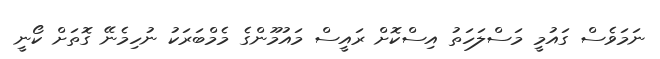
ނަމަވެސް ގައުމީ މަސްލަހަތު އިސްކޮށް ރައީސް މައުމޫންގެ މެމްބަރަކު ނުހިމެނޭ ގޮތަށް ކޯނީ